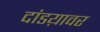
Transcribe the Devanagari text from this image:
दांडय़ावर